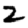
Digit: 2